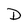
Character: D